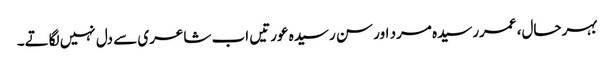
بہرحال، عمررسیدہ مرد اور سن رسیدہ عورتیں اب شاعری سے دل نہیں لگاتے۔